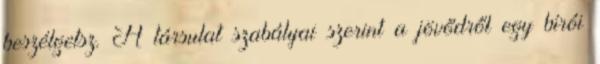
beszélgetsz. A társulat szabályai szerint a jövődről egy bírói